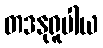
တဒနုရူပါယ